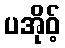
ပအိုဝ့်